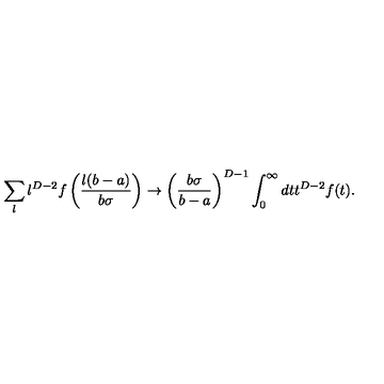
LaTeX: \sum _ { l } l ^ { D - 2 } f \left( \frac { l ( b - a ) } { b \sigma } \right) \to \left( \frac { b \sigma } { b - a } \right) ^ { D - 1 } \int _ { 0 } ^ { \infty } d t t ^ { D - 2 } f ( t ) .